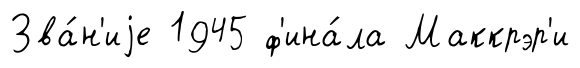
Зва́н'иjе 1945 ф'ина́ла Маккрэр'и